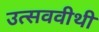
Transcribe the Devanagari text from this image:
उत्सववीथी